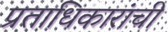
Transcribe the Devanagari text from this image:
प्रताधिकारांची